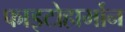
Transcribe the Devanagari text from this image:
फाइटोहार्मोन